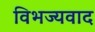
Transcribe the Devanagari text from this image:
विभज्यवाद